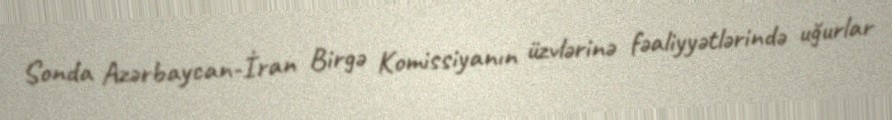
Sonda Azərbaycan-İran Birgə Komissiyanın üzvlərinə fəaliyyətlərində uğurlar